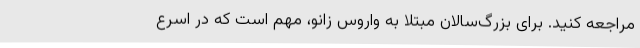
مراجعه کنید. برای بزرگ‌سالان مبتلا به واروس زانو، مهم است که در اسرع